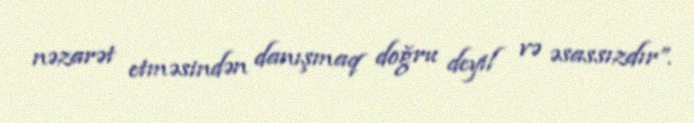
nəzarət etməsindən danışmaq doğru deyil və əsassızdır”.